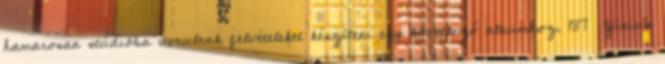
hamarosan stúdióba vonulnak felvételeket készíteni egy következő albumhoz. 187 Június